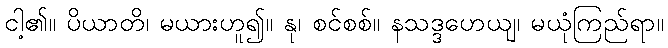
ငါ့၏။ ပိယာတိ၊ မယားဟူ၍။ နု၊ စင်စစ်။ နသဒ္ဒဟေယျ၊ မယုံကြည်ရာ။